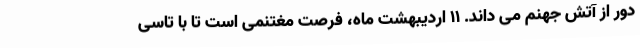
دور از آتش جهنم می داند. ۱۱ اردیبهشت ماه، فرصت مغتنمی است تا با تاسی